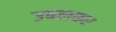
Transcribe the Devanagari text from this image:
उबलकर